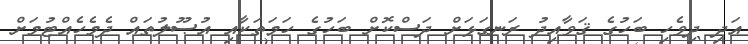
އަދި ދިވެހި ބަހުގެ ޤަވާއިދު ރަނގަޅަށް ދަސްކޮށް ބަހުގެ ހަމަތަކާއި އުޞޫލުތައް ދެމެހެއްޓުމަށް